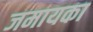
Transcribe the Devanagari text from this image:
जमायका